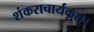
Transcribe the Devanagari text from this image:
शंकराचार्यकृत।